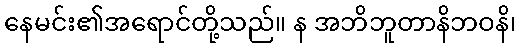
နေမင်း၏အရောင်တို့သည်။ န အဘိဘူတာနိဘဝနိ၊